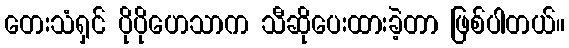
တေးသံရှင် ပိုပိုဟေသာက သီဆိုပေးထားခဲ့တာ ဖြစ်ပါတယ်။